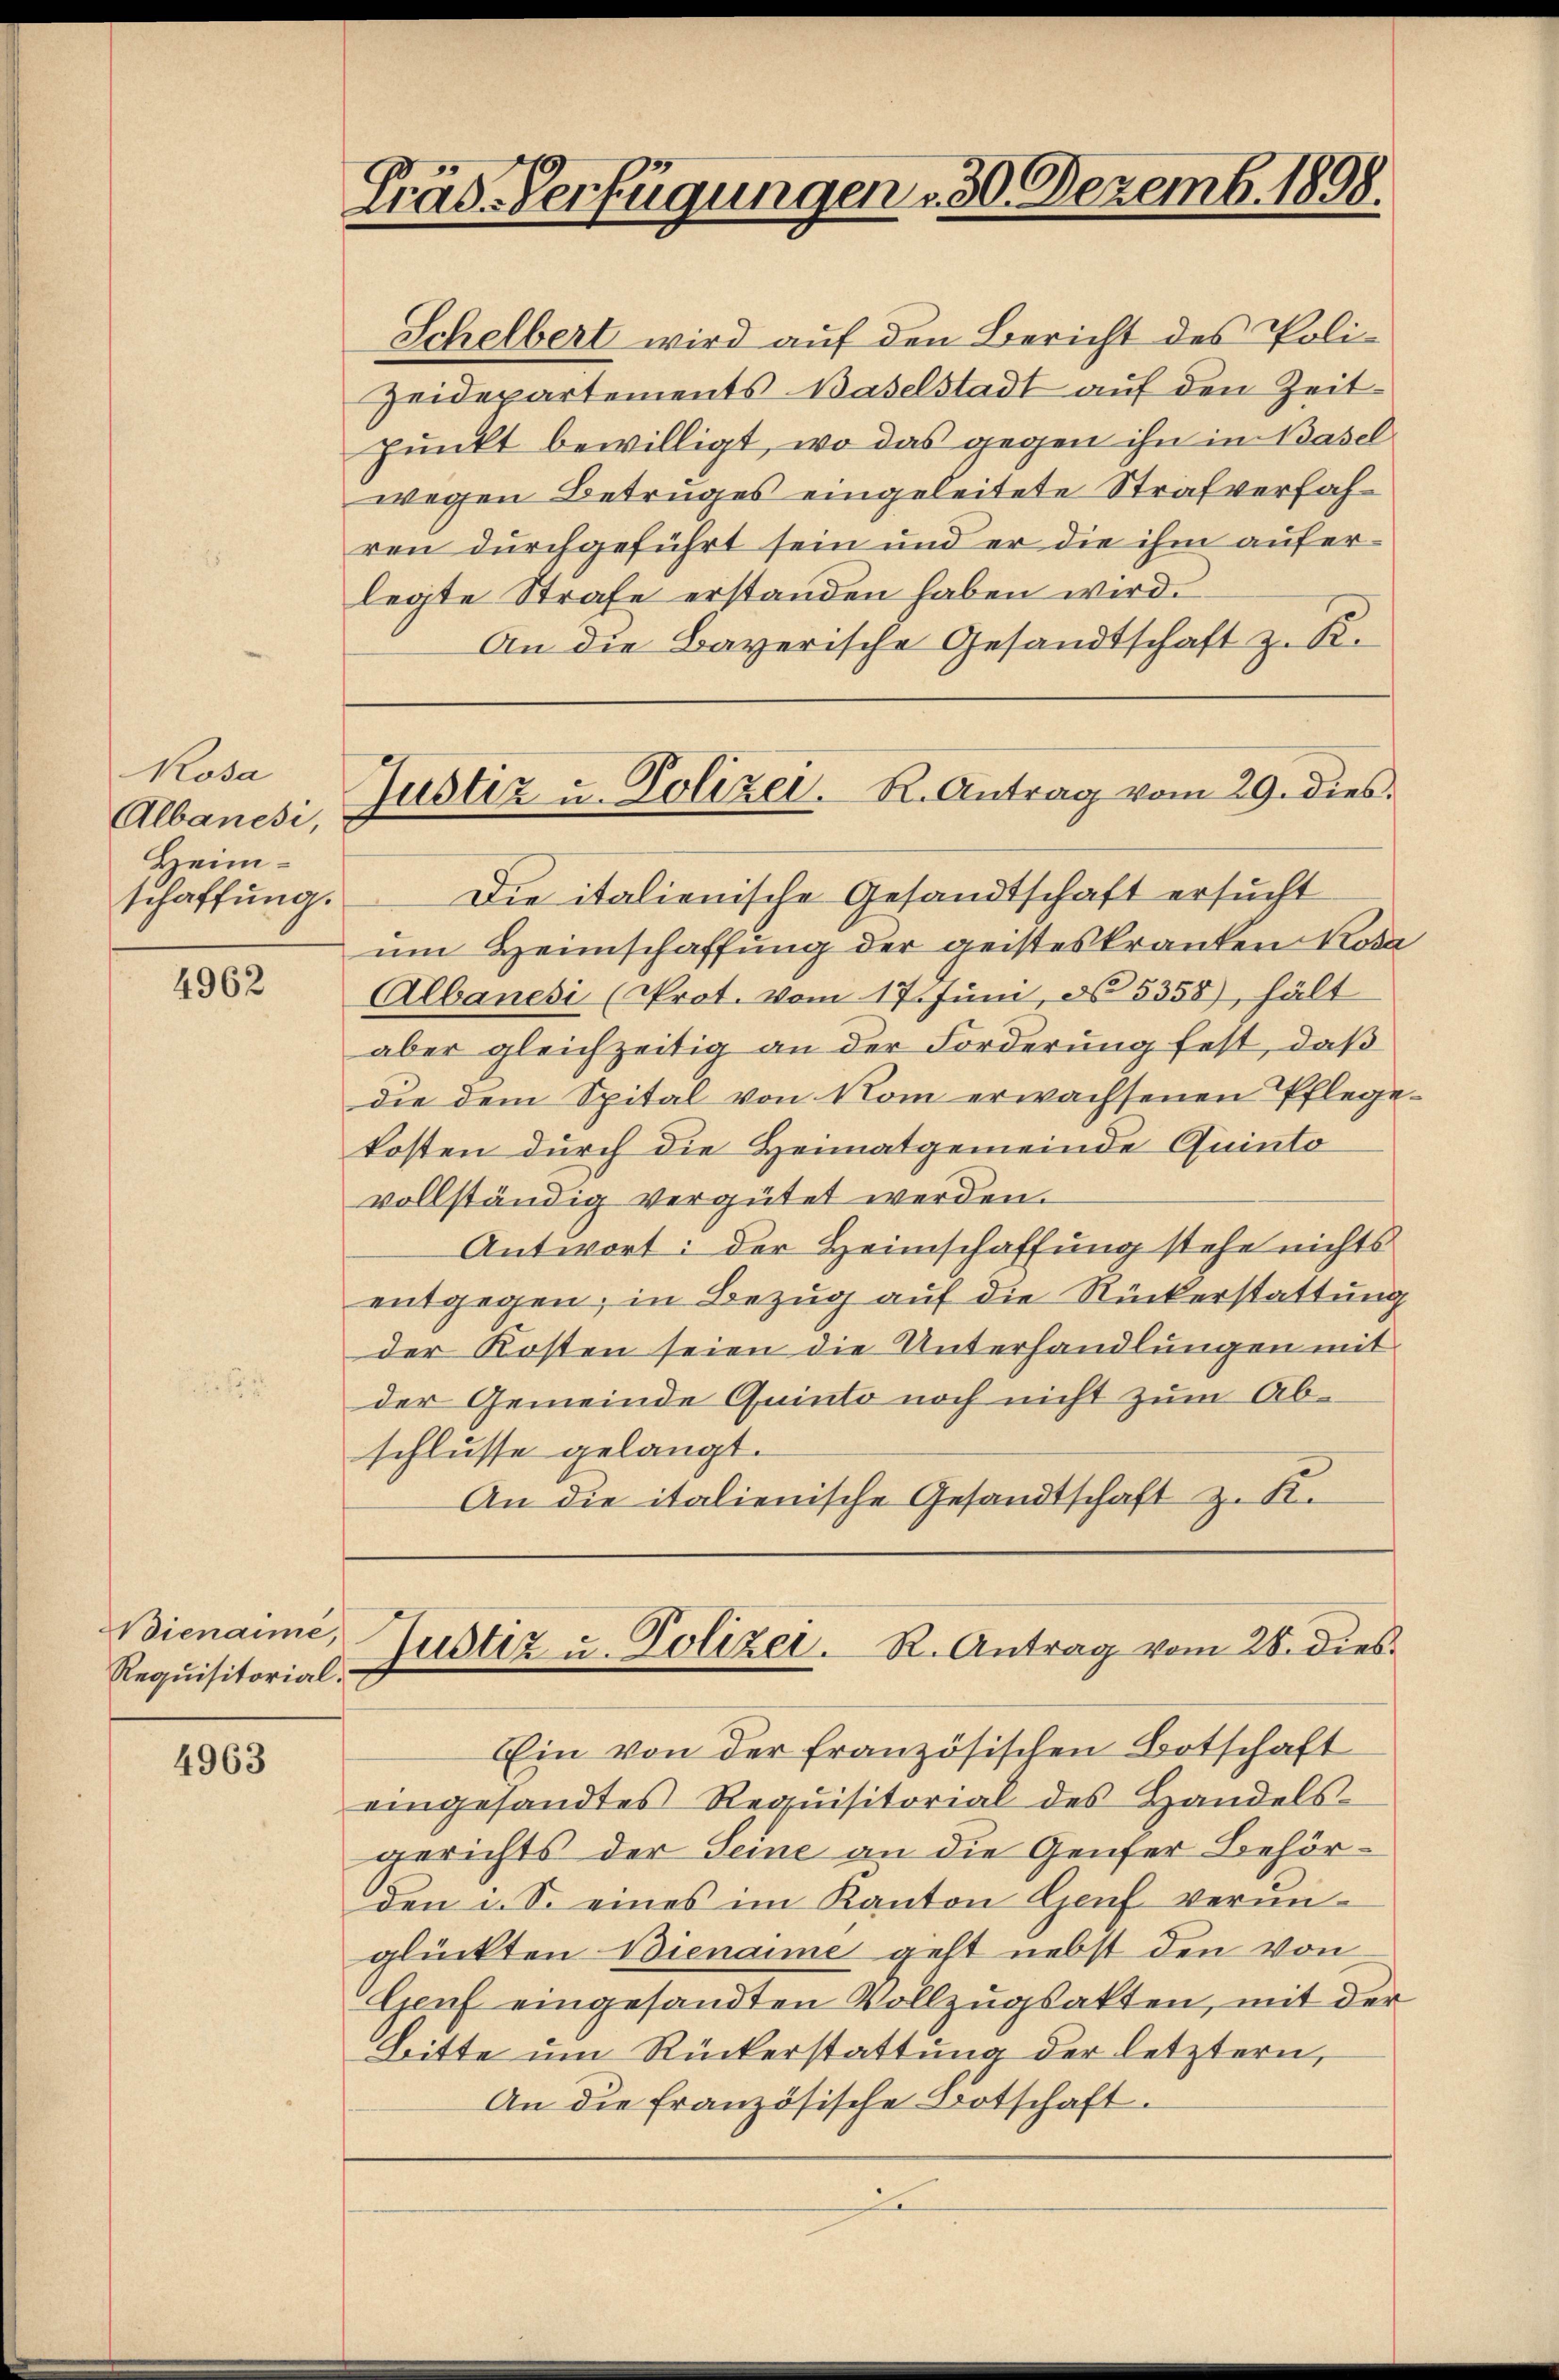
Kosa
Albanesi,
Heimschaffung.

4962

ienaime,
Requisitorial¬

4963

Träd-Verfügungen 30. Dezemb. 1898.

Justiz u. Polizei. R. Antrag vom 29. dies

Schelbert wird auf den Bericht des Poli¬
Zeidepartements Baselstadt auf den Zeit¬
Punkt bewilligt, wo das gegen ihn in Basel
wegen Betruges eingeleitete Strafverfahren durchgeführt sein und er die ihm auferlegte Strafe erstanden haben wird.
An die Bayerische Gesandtschaft z. B.
Die italienische Gesandtschaft ersucht
um Heimschaffung der geisteskranken Kosa
Albanesi (Prot. vom 17. Juni, d 5358), hält
aber gleichzeitig an der Forderung fest, daß
die dem Spital von Rom erwachsenen Pflegekosten durch die Heimatgemeinde Quinto
vollständig vergütet werden.
Antwort: der Heimschaffung stehe nichts
entgegen; in Bezug auf die Rückerstattung
der Kosten seien die Unterhandlungen mit
der Gemeinde Quinto noch nicht zum Abschlusse gelangt.
An die italienische Gesandtschaft z. K.
Justiz u. Polizei. R. Antrag vom 28. dies
Ein von der französischen Botschaft
eingesandtes Requisitorial des Handels-
gerichts der Seine an die Genfer Behörden u. S. eines im Kanton Genf verŭn-
glückten Bienaime geht nebst den von
Genf eingesandten Vollzugsakten, mit der
Bitte um Rückerstattung der letztern,
An die französische Botschaft.
2